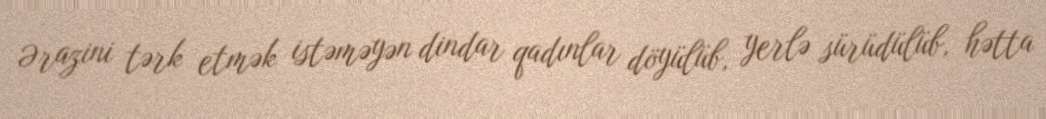
Ərazini tərk etmək istəməyən dindar qadınlar döyülüb, yerlə sürüdülüb, hətta